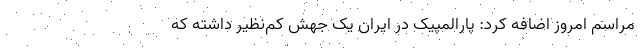
مراسم امروز اضافه کرد: پارالمپیک در ایران یک جهش کم‌نظیر داشته که